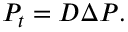
P _ { t } = D \Delta P . \quad